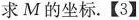
求M的坐标.【3】